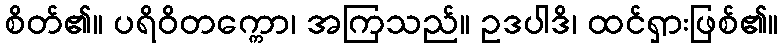
စိတ်၏။ ပရိဝိတက္ကော၊ အကြသည်။ ဥဒပါဒိ၊ ထင်ရှားဖြစ်၏။